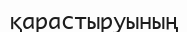
қарастыруының